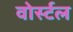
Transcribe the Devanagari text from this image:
वोर्स्टल